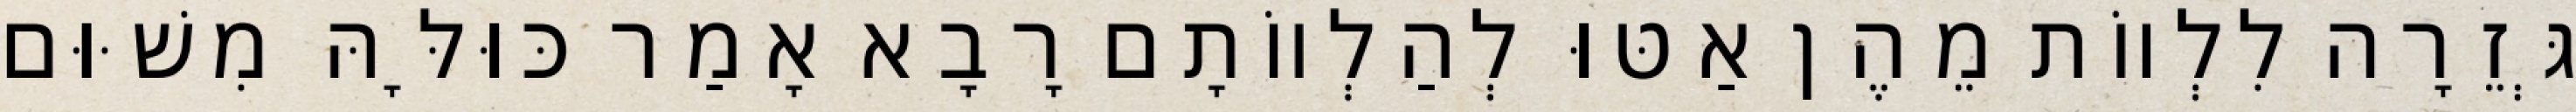
גְּזֵרָה לִלְווֹת מֵהֶן אַטּוּ לְהַלְווֹתָם רָבָא אָמַר כּוּלָּהּ מִשּׁוּם